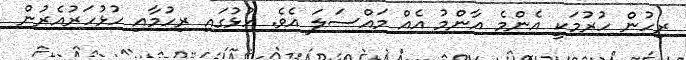
ރިހުން ހުރުމަކީ އެންމެ އާންމު އެއް މައްސަލަ އެވެ. ހުޅުގައި ރިހުމާއި ހުޅުހަރުއެރުން